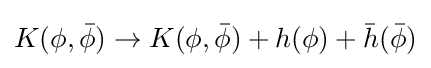
K(\phi ,{\bar {\phi }})\rightarrow K(\phi ,{\bar {\phi }})+h(\phi )+{\bar {h}}({\bar {\phi }})